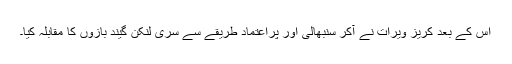
اس کے بعد کریز ویرات نے آکر سنبھالی اور پْراعتماد طریقے سے سری لنکن گیند بازوں کا مقابلہ کیا۔